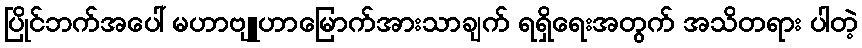
ပြိုင်ဘက်အပေါ် မဟာဗျူဟာမြောက်အားသာချက် ရရှိရေးအတွက် အသိတရား ပါတဲ့